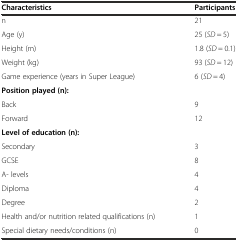
| Characteristics | Participants |
 | --- | --- |
 | n | 21 |
 | Age (y) | 25 (SD = 5) |
 | Height (m) | 1.8 (SD = 0.1) |
 | Weight (kg) | 93 (SD = 12) |
 | Game experience (years in Super League) | 6 (SD = 4) |
 | Position played (n): |  |
 | Back | 9 |
 | Forward | 12 |
 | Level of education (n): |  |
 | Secondary | 3 |
 | GCSE | 8 |
 | A- levels | 4 |
 | Diploma | 4 |
 | Degree | 2 |
 | Health and/or nutrition related qualifications (n) | 1 |
 | Special dietary needs/conditions (n) | 0 |